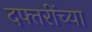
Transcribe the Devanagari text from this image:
दफ्तरींच्या